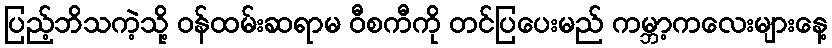
ပြည့်ဘိသကဲ့သို့ ဝန်ထမ်းဆရာမ ဝီစကီကို တင်ပြပေးမည် ကမ္ဘာ့ကလေးများနေ့